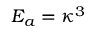
E _ { a } = \kappa ^ { 3 }